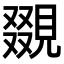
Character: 𧡏